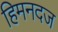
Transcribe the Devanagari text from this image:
हिमनदज